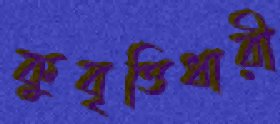
কুবৃত্তিধারী